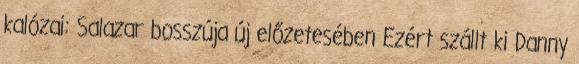
kalózai: Salazar bosszúja új előzetesében Ezért szállt ki Danny